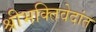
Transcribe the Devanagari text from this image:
श्रीभक्तिवेदांत